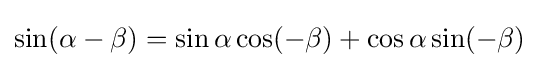
\sin(\alpha -\beta )=\sin \alpha \cos(-\beta )+\cos \alpha \sin(-\beta )